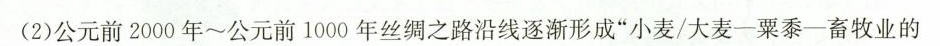
(2)公元前2000年~公元前1000年丝绸之路沿线逐渐形成”小麦/大麦-粟黍-畜牧业的